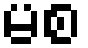
မစ